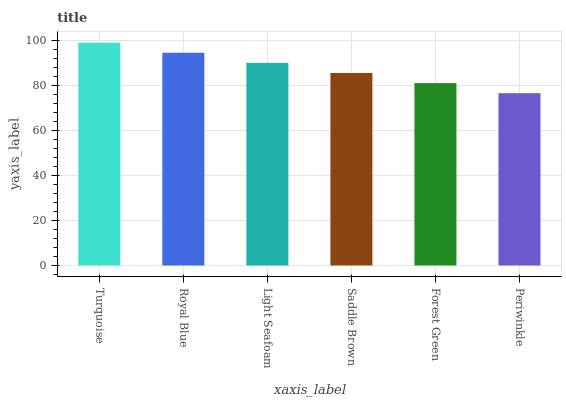
| xaxis_label | bars |
 | --- | --- |
 | Turquoise | 99 |
 | Royal Blue | 94.5 |
 | Light Seafoam | 90 |
 | Saddle Brown | 85.5 |
 | Forest Green | 81 |
 | Periwinkle | 76.5 |